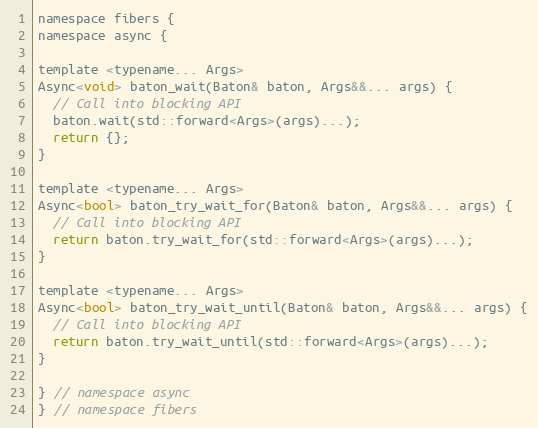
Language: C
namespace fibers {
namespace async {

template <typename... Args>
Async<void> baton_wait(Baton& baton, Args&&... args) {
  // Call into blocking API
  baton.wait(std::forward<Args>(args)...);
  return {};
}

template <typename... Args>
Async<bool> baton_try_wait_for(Baton& baton, Args&&... args) {
  // Call into blocking API
  return baton.try_wait_for(std::forward<Args>(args)...);
}

template <typename... Args>
Async<bool> baton_try_wait_until(Baton& baton, Args&&... args) {
  // Call into blocking API
  return baton.try_wait_until(std::forward<Args>(args)...);
}

} // namespace async
} // namespace fibers